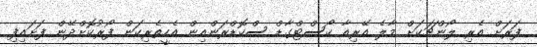
ފަރަށް އެރި ލޯންޗަކަށް މާލެ އޭރިއާ ކޯސްޓްގާޑް ސްކޮޑްރަންއިން އެހީތެރިކަން ފޯރުކޮށްދޭން ފަށައިފި